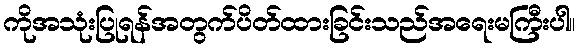
ကိုအသုံးပြုရန်အတွက်ပိတ်ထားခြင်းသည်အရေးမကြီးပါ။